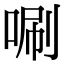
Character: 唰